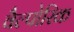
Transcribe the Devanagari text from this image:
वैल्पोरिक